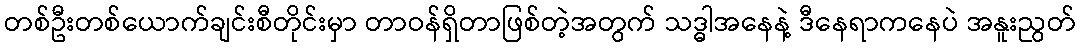
တစ်ဦးတစ်ယောက်ချင်းစီတိုင်းမှာ တာဝန်ရှိတာဖြစ်တဲ့အတွက် သဒ္ဓါအနေနဲ့ ဒီနေရာကနေပဲ အနူးညွတ်